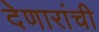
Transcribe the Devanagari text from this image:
देणारांची